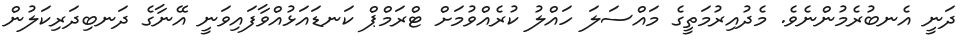
ދަނީ އެނބުރެމުންނެވެ. މެދުއިރުމަތީގެ މައްސަލަ ހައްލު ކުރެއްވުމަށް ޓްރަމްޕް ކަނޑައަޅުއްވާފައިވަނީ އޭނާގެ ދަނބިދަރިކަލުން